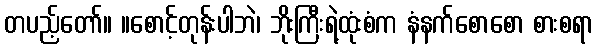
တပည့်တော်။ ။စောင့်တုန်းပါဘဲ၊ ဘိုးကြီးရဲ့ထုံးစံက နံနက်စောစော စားစရာ